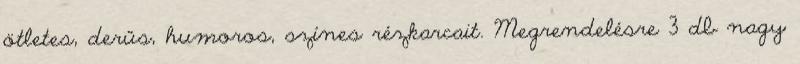
ötletes, derűs, humoros, színes rézkarcait. Megrendelésre 3 db nagy